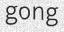
gong